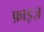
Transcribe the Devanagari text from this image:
फ़ाइज़